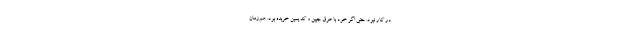
در کار نبود. حتی اگر خود با عر‌ق جبین و کدّ یمین خریده بود. هم‌زمان